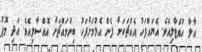
އާލާ ހުއްޓާލިއެވެ. އެޔައްފަހު އެއްޗަކަށް ފެން އެޅުމަށްފަހު ބިންމައްޗަށް އޮއްސާލިއެވެ. އަދި މޮޕު